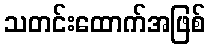
သတင်းထောက်အဖြစ်